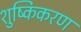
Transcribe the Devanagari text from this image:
शुष्किकरण